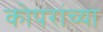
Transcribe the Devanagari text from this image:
कोपरांच्या